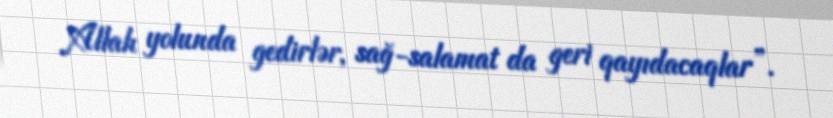
Allah yolunda gedirlər, sağ-salamat da geri qayıdacaqlar”.